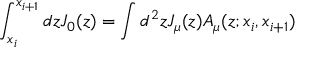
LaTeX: \int _ { x _ { i } } ^ { x _ { i + 1 } } d z J _ { 0 } ( z ) = \int d ^ { 2 } z J _ { \mu } ( z ) A _ { \mu } ( z ; x _ { i } , x _ { i + 1 } )